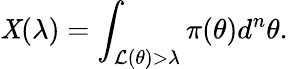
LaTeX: \mathit{X}(\lambda)=\int_{\mathcal{{L}}(\theta)>\lambda}\pi(\theta)d^{n}\theta.